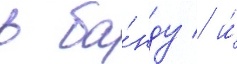
в ба́нду / и́